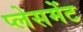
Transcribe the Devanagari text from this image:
प्‍लेसमेंट